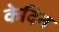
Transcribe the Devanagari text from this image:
केदिन